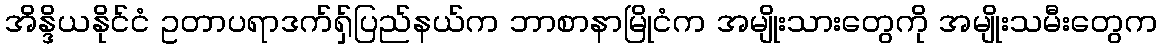
အိန္ဒိယနိုင်ငံ ဥတာပရာဒက်ရှ်ပြည်နယ်က ဘာစာနာမြိုငံက အမျိုးသားတွေကို အမျိုးသမီးတွေက